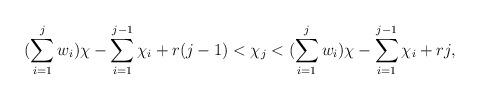
LaTeX: \begin{align*}(\sum\limits_{i=1}^j w_i)\chi - \sum\limits_{i=1}^{j-1}\chi_i + r(j-1) < \chi_j < (\sum\limits_{i=1}^j w_i)\chi - \sum\limits_{i=1}^{j-1}\chi_i + rj,\end{align*}